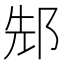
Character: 䢾